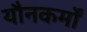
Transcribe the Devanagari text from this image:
यौनकर्मों